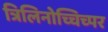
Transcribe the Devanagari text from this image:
त्रिलिनोच्चिच्पर